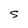
Character: S